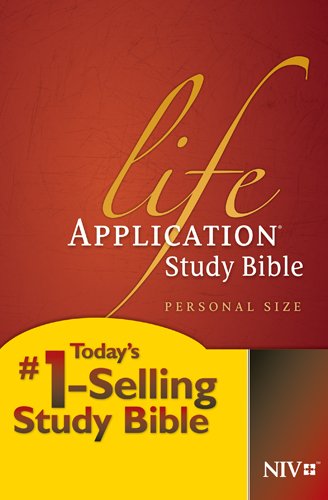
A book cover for Life Application Study Bible NIV, Personal Size; Christian Books & Bibles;